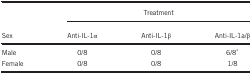
|  | <COLSPAN=3> Treatment |
 | Sex | Anti-IL-1α | Anti-IL-1β | Anti-IL-1a/β |
 | --- | --- | --- | --- |
 | Male | 0/8 | 0/8 | 6/8* |
 | Female | 0/8 | 0/8 | 1/8 |